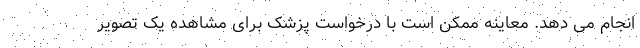
انجام می دهد. معاینه ممکن است با درخواست پزشک برای مشاهده یک تصویر